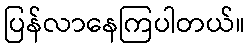
ပြန်လာနေကြပါတယ်။